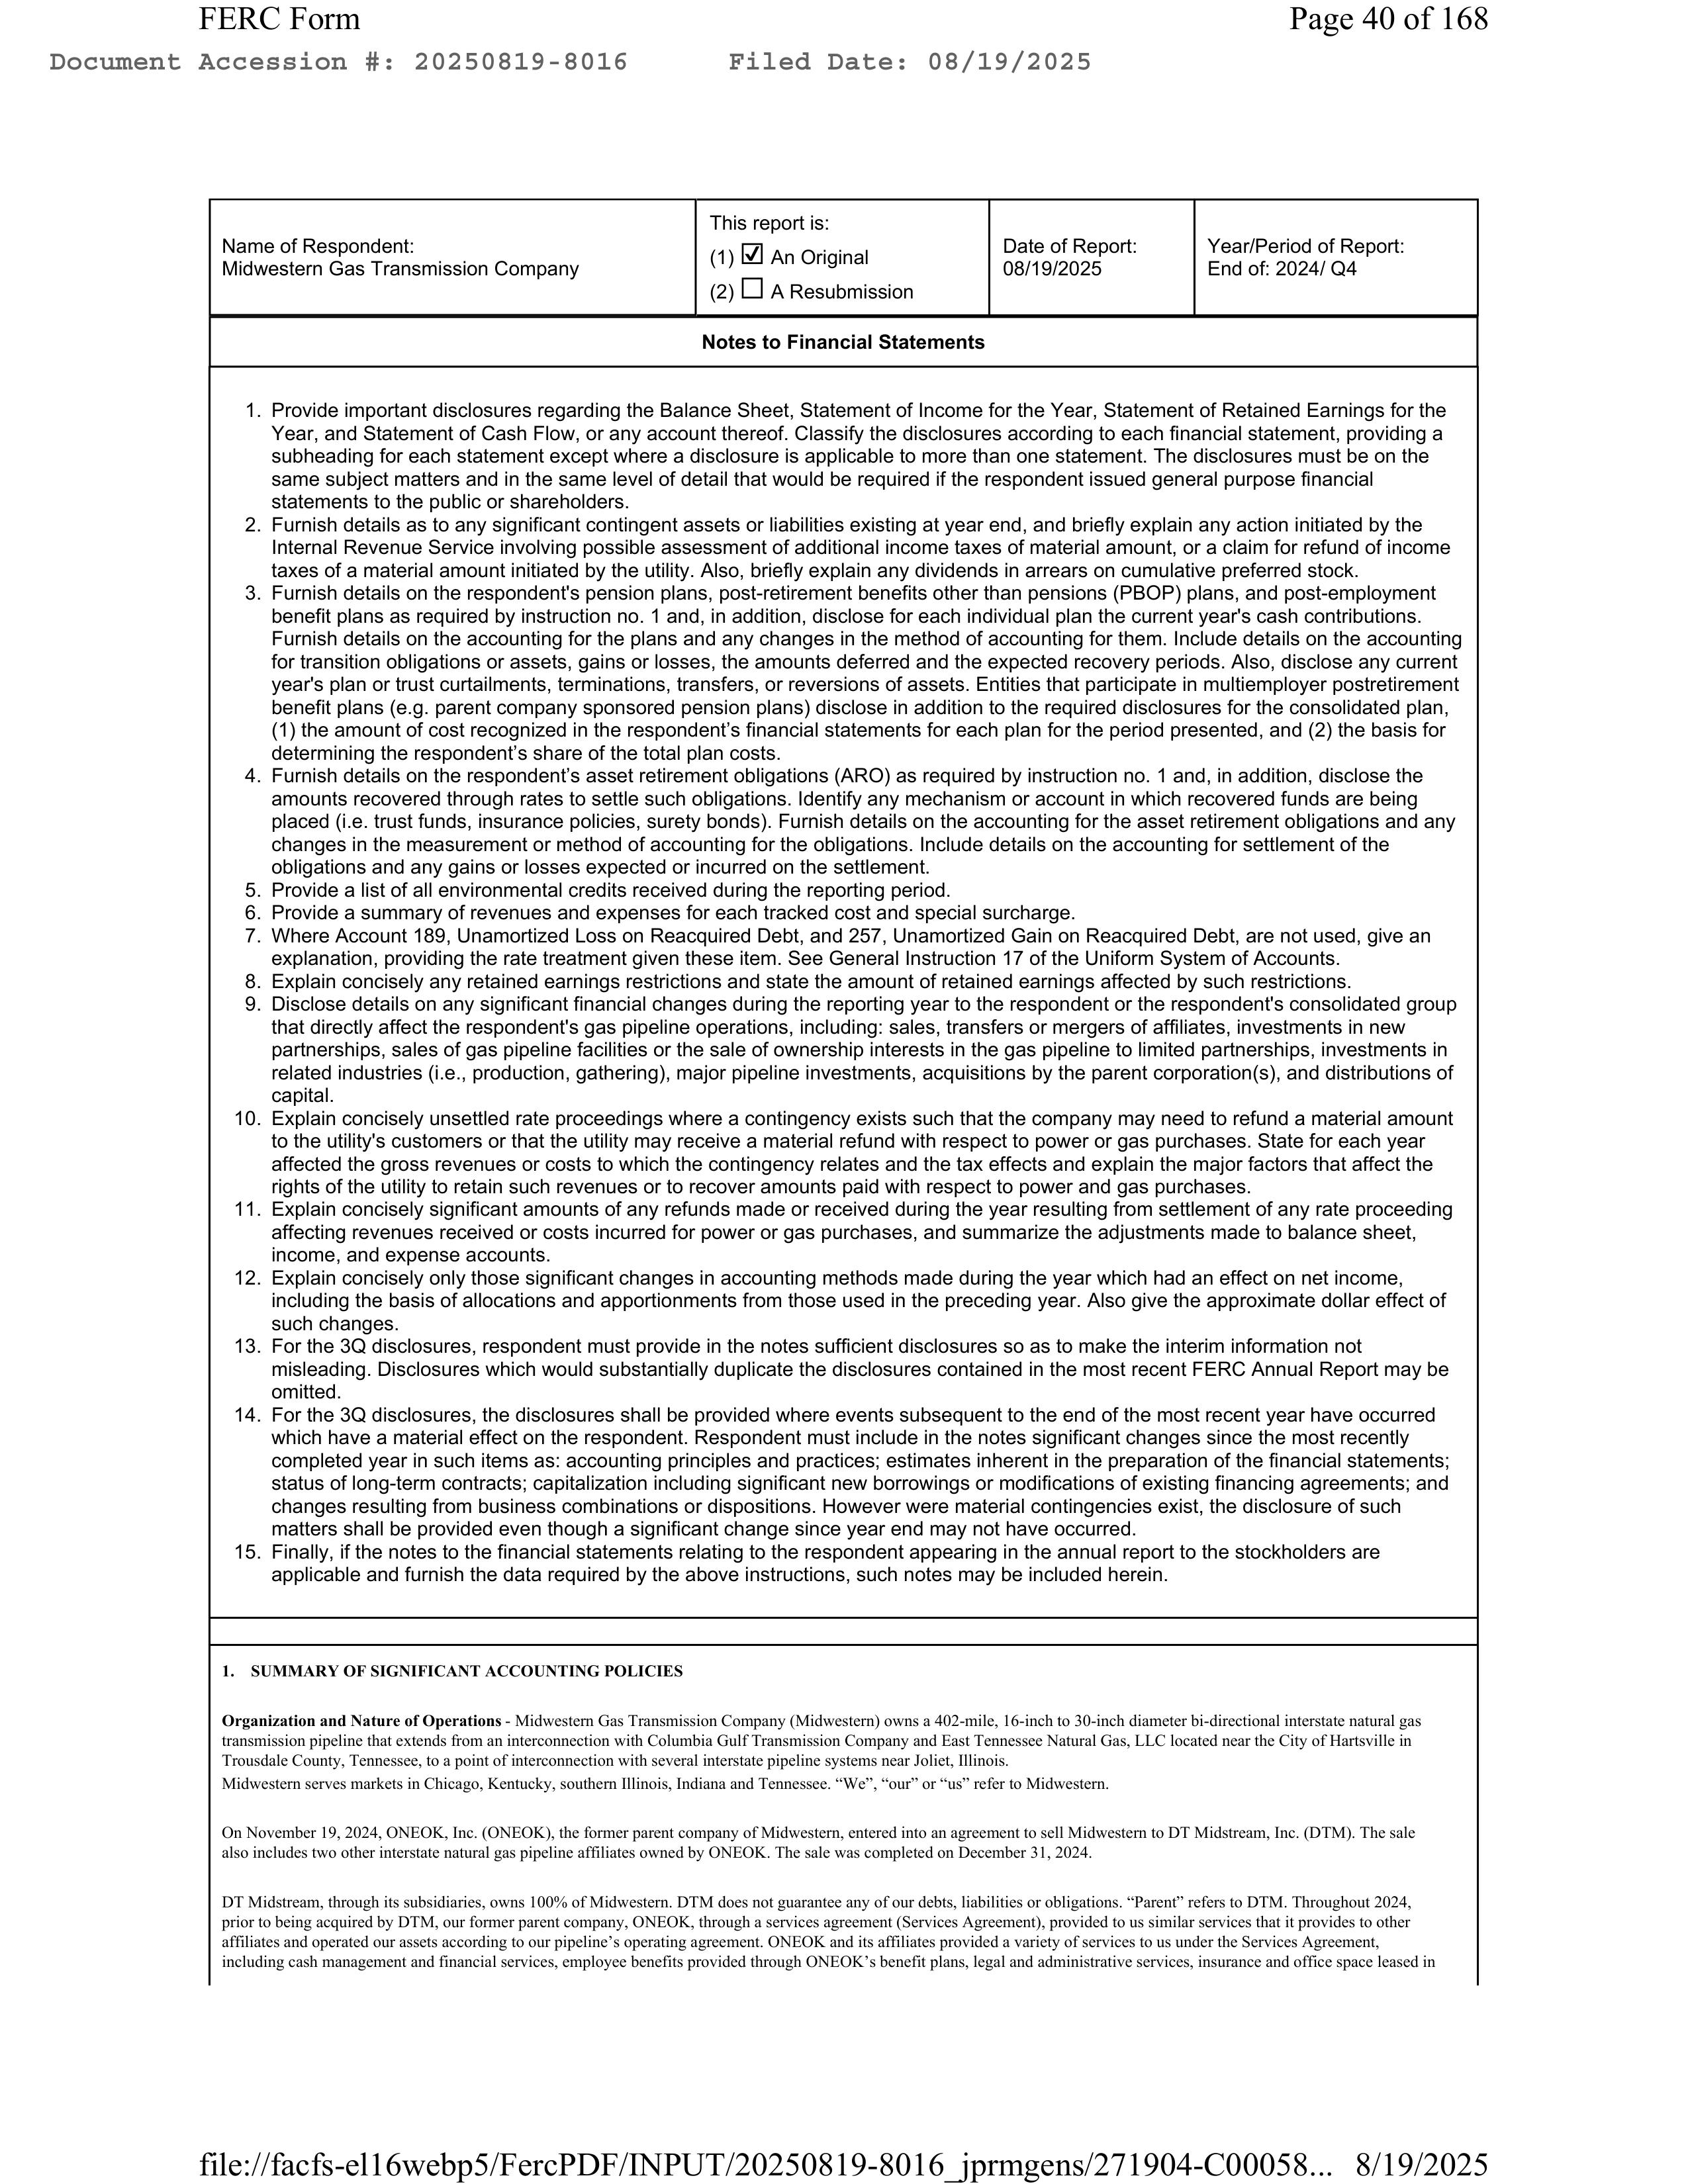
FERC Form Page 40 of 168
Document Accession #: 20250819-8016 Filed Date: 08/19/2025

Name of Respondent:
Midwestern Gas Transmission Company

This report is:
(1) [X] An Original
(2) [ ] A Resubmission

Date of Report:
08/19/2025

Year/Period of Report:
End of: 2024/ Q4

Notes to Financial Statements

1. Provide important disclosures regarding the Balance Sheet, Statement of Income for the Year, Statement of Retained Earnings for the Year, and Statement of Cash Flow, or any account thereof. Classify the disclosures according to each financial statement, providing a subheading for each statement except where a disclosure is applicable to more than one statement. The disclosures must be on the same subject matters and in the same level of detail that would be required if the respondent issued general purpose financial statements to the public or shareholders.

2. Furnish details as to any significant contingent assets or liabilities existing at year end, and briefly explain any action initiated by the Internal Revenue Service involving possible assessment of additional income taxes of material amount, or a claim for refund of income taxes of a material amount initiated by the utility. Also, briefly explain any dividends in arrears on cumulative preferred stock.

3. Furnish details on the respondent's pension plans, post-retirement benefits other than pensions (PBOP) plans, and post-employment benefit plans as required by instruction no. 1 and, in addition, disclose for each individual plan the current year's cash contributions. Furnish details on the accounting for the plans and any changes in the method of accounting for them. Include details on the accounting for transition obligations or assets, gains or losses, the amounts deferred and the expected recovery periods. Also, disclose any current year's plan or trust curtailments, terminations, transfers, or reversions of assets. Entities that participate in multiemployer postretirement benefit plans (e.g. parent company sponsored pension plans) disclose in addition to the required disclosures for the consolidated plan, (1) the amount of cost recognized in the respondent's financial statements for each plan for the period presented, and (2) the basis for determining the respondent's share of the total plan costs.

4. Furnish details on the respondent's asset retirement obligations (ARO) as required by instruction no. 1 and, in addition, disclose the amounts recovered through rates to settle such obligations. Identify any mechanism or account in which recovered funds are being placed (i.e. trust funds, insurance policies, surety bonds). Furnish details on the accounting for the asset retirement obligations and any changes in the measurement or method of accounting for the obligations. Include details on the accounting for settlement of the obligations and any gains or losses expected or incurred on the settlement.

5. Provide a list of all environmental credits received during the reporting period.

6. Provide a summary of revenues and expenses for each tracked cost and special surcharge.

7. Where Account 189, Unamortized Loss on Reacquired Debt, and 257, Unamortized Gain on Reacquired Debt, are not used, give an explanation, providing the rate treatment given these items. See General Instruction 17 of the Uniform System of Accounts.

8. Explain concisely any retained earnings restrictions and state the amount of retained earnings affected by such restrictions.

9. Disclose details on any significant financial changes during the reporting year to the respondent or the respondent's consolidated group that directly affect the respondent's gas pipeline operations, including: sales, transfers or mergers of affiliates, investments in new partnerships, sales of gas pipeline facilities or the sale of ownership interests in the gas pipeline to limited partnerships, investments in related industries (i.e., production, gathering), major pipeline investments, acquisitions by the parent corporation(s), and distributions of capital.

10. Explain concisely unsettled rate proceedings where a contingency exists such that the company may need to refund a material amount to the utility's customers or that the utility may receive a material refund with respect to power or gas purchases. State for each year affected the gross revenues or costs to which the contingency relates and the tax effects and explain the major factors that affect the rights of the utility to retain such revenues or to recover amounts paid with respect to power and gas purchases.

11. Explain concisely significant amounts of any refunds made or received during the year resulting from settlement of any rate proceeding affecting revenues received or costs incurred for power or gas purchases, and summarize the adjustments made to balance sheet, income, and expense accounts.

12. Explain concisely only those significant changes in accounting methods made during the year which had an effect on net income, including the basis of allocations and apportionments from those used in the preceding year. Also give the approximate dollar effect of such changes.

13. For the 3Q disclosures, respondent must provide in the notes sufficient disclosures so as to make the interim information not misleading. Disclosures which would substantially duplicate the disclosures contained in the most recent FERC Annual Report may be omitted.

14. For the 3Q disclosures, the disclosures shall be provided where events subsequent to the end of the most recent year have occurred which have a material effect on the respondent. Respondent must include in the notes significant changes since the most recently completed year in such items as: accounting principles and practices; estimates inherent in the preparation of the financial statements; status of long-term contracts; capitalization including significant new borrowings or modifications of existing financing agreements; and changes resulting from business combinations or dispositions. However were material contingencies exist, the disclosure of such matters shall be provided even though a significant change since year end may not have occurred.

15. Finally, if the notes to the financial statements relating to the respondent appearing in the annual report to the stockholders are applicable and furnish the data required by the above instructions, such notes may be included herein.

1. SUMMARY OF SIGNIFICANT ACCOUNTING POLICIES

Organization and Nature of Operations - Midwestern Gas Transmission Company (Midwestern) owns a 402-mile, 16-inch to 30-inch diameter bi-directional interstate natural gas transmission pipeline that extends from an interconnection with Columbia Gulf Transmission Company and East Tennessee Natural Gas, LLC located near the City of Hartsville in Trousdale County, Tennessee, to a point of interconnection with several interstate pipeline systems near Joliet, Illinois.

Midwestern serves markets in Chicago, Kentucky, southern Illinois, Indiana and Tennessee. "We", "our" or "us" refer to Midwestern.

On November 19, 2024, ONEOK, Inc. (ONEOK), the former parent company of Midwestern, entered into an agreement to sell Midwestern to DT Midstream, Inc. (DTM). The sale also includes two other interstate natural gas pipeline affiliates owned by ONEOK. The sale was completed on December 31, 2024.

DT Midstream, through its subsidiaries, owns 100% of Midwestern. DTM does not guarantee any of our debts, liabilities or obligations. "Parent" refers to DTM. Throughout 2024, prior to being acquired by DTM, our former parent company, ONEOK, through a services agreement (Services Agreement), provided to us similar services that it provides to other affiliates and operated our assets according to our pipeline's operating agreement. ONEOK and its affiliates provided a variety of services to us under the Services Agreement, including cash management and financial services, employee benefits provided through ONEOK's benefit plans, legal and administrative services, insurance and office space leased in

file://facfs-el16webp5/FercPDF/INPUT/20250819-8016_jprmgens/271904-C00058... 8/19/2025